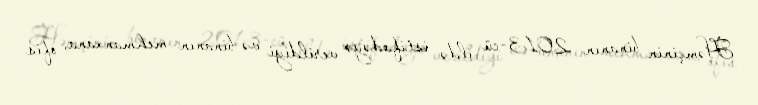
Həmçinin binanın 2013-cü ildə istifadəyə verildiyi və binanın mehmanxana, ofis